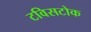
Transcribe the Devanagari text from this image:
टविसटोक